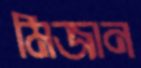
মিজান